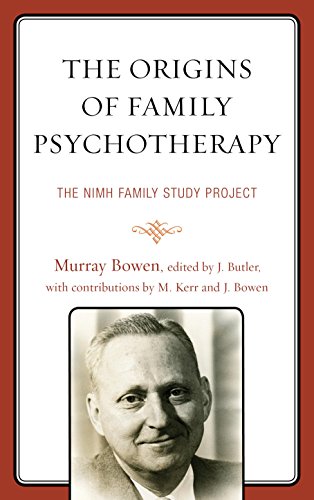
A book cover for The Origins of Family Psychotherapy: The NIMH Family Study Project; Murray Bowen; Health, Fitness & Dieting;